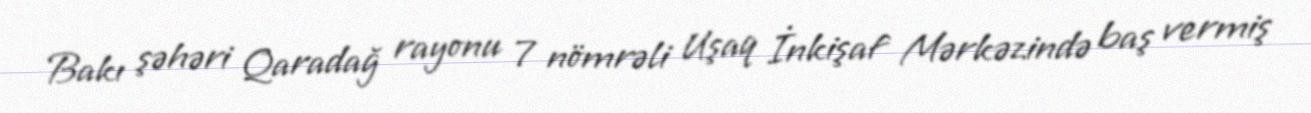
Bakı şəhəri Qaradağ rayonu 7 nömrəli Uşaq İnkişaf Mərkəzində baş vermiş